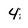
Character: 4